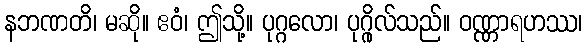
နဘဏတိ၊ မဆို။ ဧဝံ၊ ဤသို့။ ပုဂ္ဂလော၊ ပုဂ္ဂိုလ်သည်။ ဝဏ္ဏာရဟဿ၊